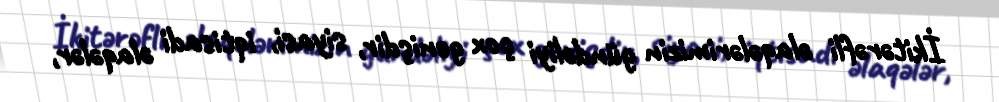
İkitərəfli əlaqələrimizin gündəliyi çox genişdir, siyasi, iqtisadi əlaqələr,